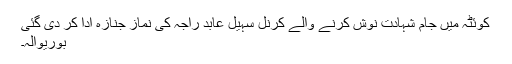
کوئٹہ میں جام شہادت نوش کرنے والے کرنل سہیل عابد راجہ کی نماز جنازہ ادا کر دی گئی
بوریوالہ۔